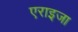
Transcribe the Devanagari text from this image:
एराइजा